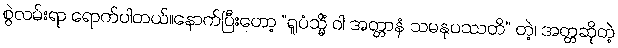
စွဲလမ်းရာ ရောက်ပါတယ်။နောက်ပြီးတော့ “ရူပံသ္မိံ ဝါ အတ္တာနံ သမနုပဿတိ” တဲ့၊ အတ္တဆိုတဲ့